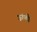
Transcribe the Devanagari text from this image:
ऊंम्ची